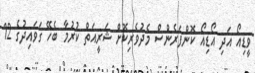
ވީޑިއޯ އަދި އޯޑިއޯ ކޮންފަރެންސް މެދުވެރިކޮށް ޝަރީއަތް ކުރުމާ ބެހޭ ގަވައިދުގެ 12